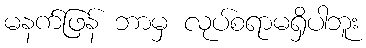
မနက်ဖြန် ဘာမှ လုပ်စရာမရှိပါဘူး